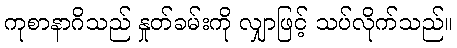
ကုစာနာဂိသည် နှုတ်ခမ်းကို လျှာဖြင့် သပ်လိုက်သည်။